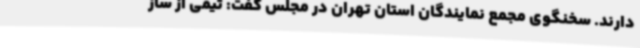
دارند. سخنگوی مجمع نمایندگان استان تهران در مجلس گفت: تیمی از ساز